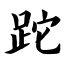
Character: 跎